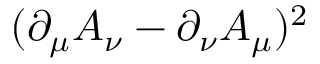
( \partial _ { \mu } A _ { \nu } - \partial _ { \nu } A _ { \mu } ) ^ { 2 }